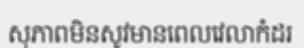
សុភាពមិនសូវមានពេលវេលាកំដរ